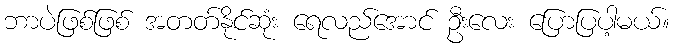
ဘာပဲဖြစ်ဖြစ် အတတ်နိုင်ဆုံး ရေလည်အောင် ဦးလေး ပြောပြပါ့မယ်။